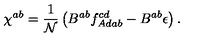
\chi ^ { a b } = \frac { 1 } { \mathcal { N } } \left( B ^ { a b } f _ { A d a b } ^ { c d } - B ^ { a b } \epsilon \right) .